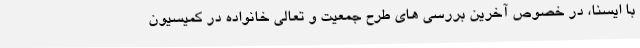
با ایسنا، در خصوص آخرین بررسی های طرح جمعیت و تعالی خانواده در کمیسیون